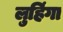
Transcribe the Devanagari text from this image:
लुहिंगा